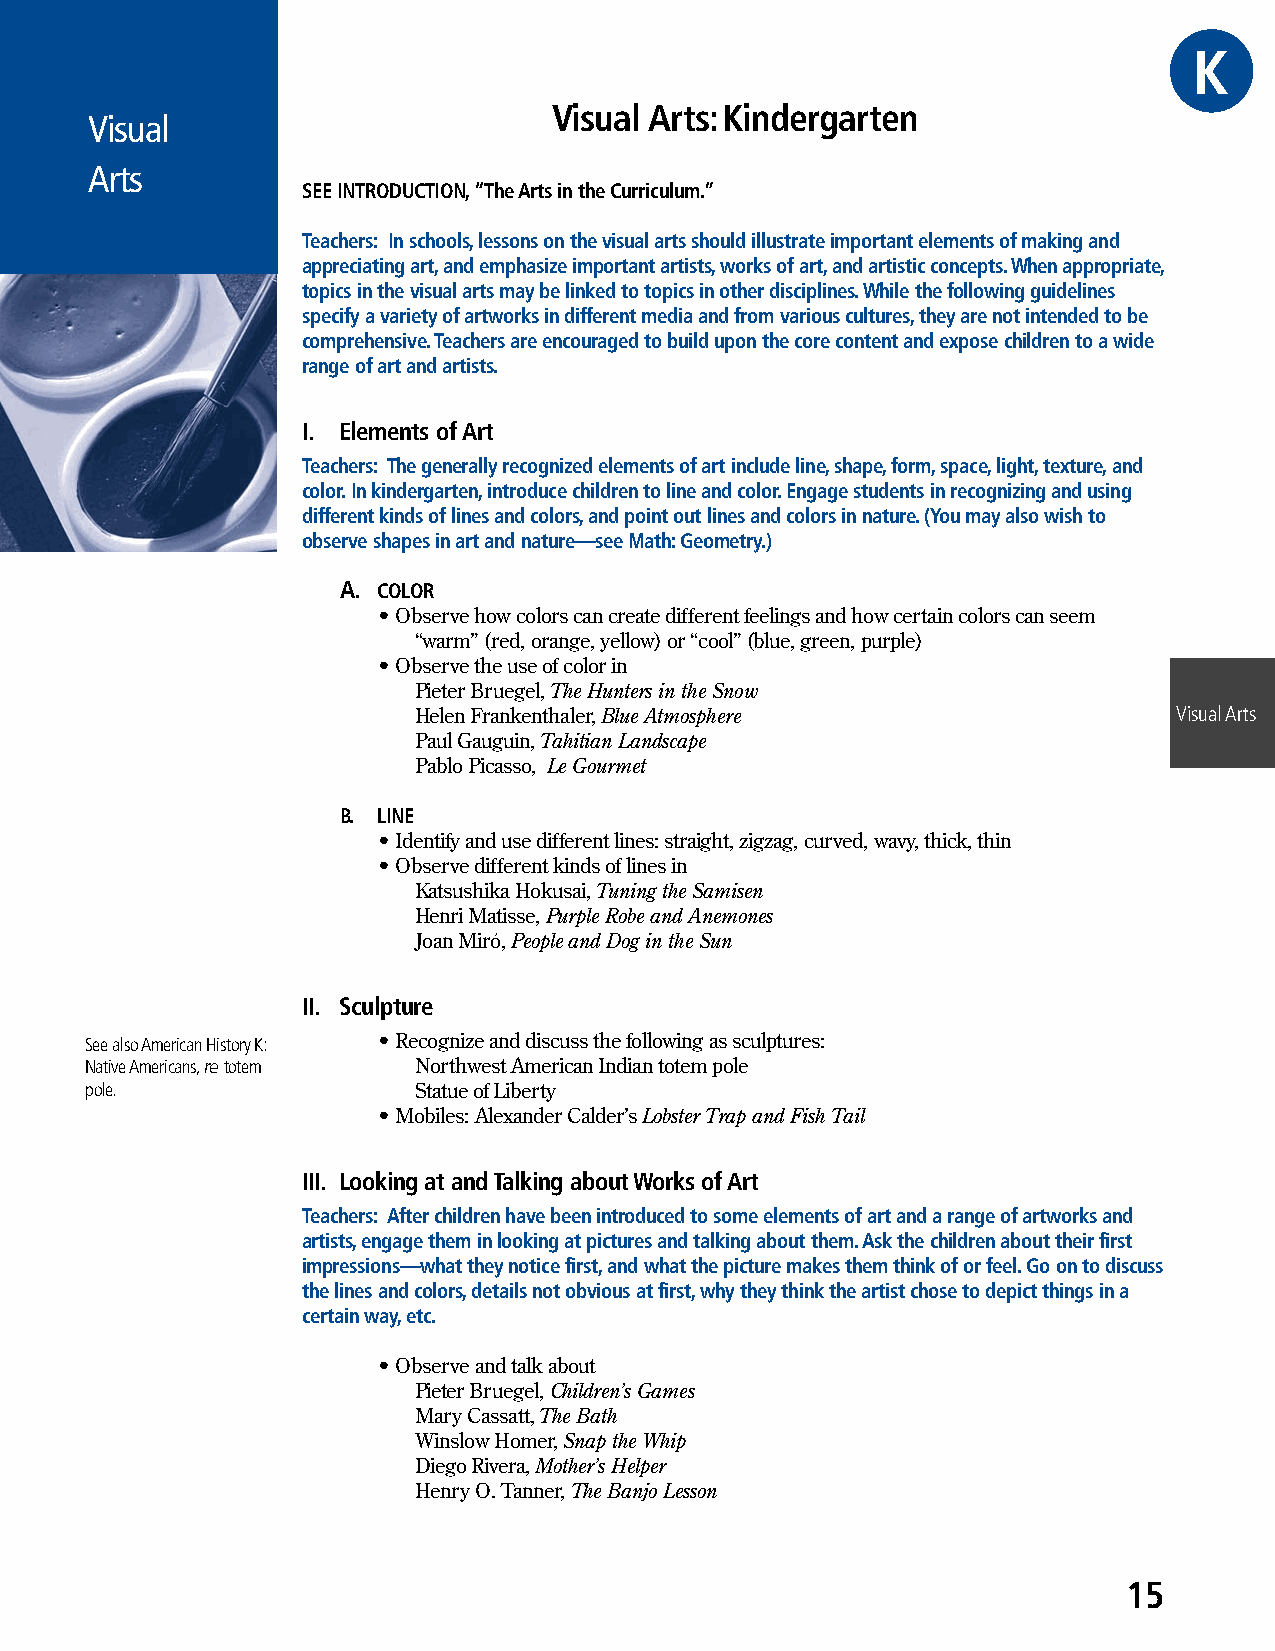
GKRAE
 Visual Arts: Kindergarten
 Visual
 Arts
 SEE INTRODUCTION, “The Arts in the Curriculum.”
 Teachers: In schools, lessons on the visual arts should illustrate important elements of making and
 appreciating art, and emphasize important artists, works of art, and artistic concepts. When appropriate,
 topics in the visual arts may be linked to topics in other disciplines. While the following guidelines
 specify a variety of artworks in different media and from various cultures, they are not intended to be
 comprehensive. Teachers are encouraged to build upon the core content and expose children to a wide
 range of art and artists.
 I. Elements of Art
 Teachers: The generally recognized elements of art include line, shape, form, space, light, texture, and
 color. In kindergarten, introduce children to line and color. Engage students in recognizing and using
 different kinds of lines and colors, and point out lines and colors in nature. (You may also wish to
 observe shapes in art and nature—see Math: Geometry.)
 A. COLOR
 • Observe how colors can create different feelings and how certain colors can seem
 “warm” (red, orange, yellow) or “cool” (blue, green, purple)
 • Observe the use of color in
 Pieter Bruegel, The Hunters in the Snow
 Helen Frankenthaler, Blue Atmosphere               Visual Arts
 Paul Gauguin, Tahitian Landscape
 Pablo Picasso, Le Gourmet
 B. LINE
 • Identify and use different lines: straight, zigzag, curved, wavy, thick, thin
 • Observe different kinds of lines in
 Katsushika Hokusai, Tuning the Samisen
 Henri Matisse, Purple Robe and Anemones
 Joan Miró, People and Dog in the Sun
 II. Sculpture
 See also American History K: • Recognize and discuss the following as sculptures:
 Native Americans, re totem Northwest American Indian totem pole
 pole.                Statue of Liberty
 • Mobiles: Alexander Calder’s Lobster Trap and Fish Tail
 III. Looking at and Talking about Works of Art
 Teachers: After children have been introduced to some elements of art and a range of artworks and
 artists, engage them in looking at pictures and talking about them. Ask the children about their first
 impressions—what they notice first, and what the picture makes them think of or feel. Go on to discuss
 the lines and colors, details not obvious at first, why they think the artist chose to depict things in a
 certain way, etc.
 • Observe and talk about
 Pieter Bruegel, Children’s Games
 Mary Cassatt, The Bath
 Winslow Homer, Snap the Whip
 Diego Rivera, Mother’s Helper
 Henry O. Tanner, The Banjo Lesson
 15